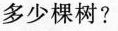
多少棵树?